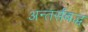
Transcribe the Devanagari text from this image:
अन्तर्संबद्ध